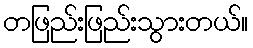
တဖြည်းဖြည်းသွားတယ်။